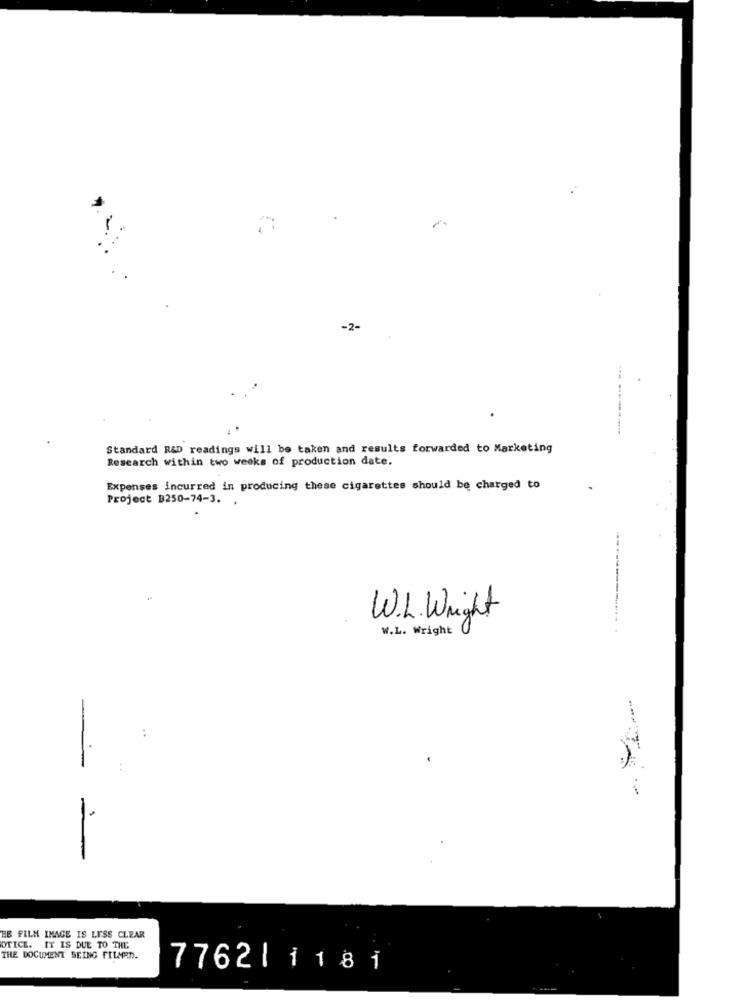
-2-
Standard R&D readings will be taken and results forwarded to Marketing
Research within two weeks of production date.
Expenses incurred in producing these cigarettes should be charged to
Project B250-74-3. .
W.L. Weight
W.L. Wright
------------... .
-
-
HB FILM IMAGE IS LESS CLEAR
OTICE. IT IS DUE TO THE
THE DOCUMENT BEING FILMED.
7762| 1181